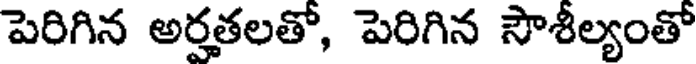
పెరిగిన అర్హతలతో, పెరిగిన సౌశీల్యంతో